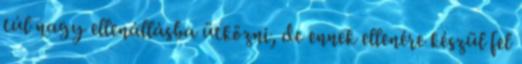
túl nagy ellenállásba ütközni, de ennek ellenére készül fel